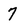
Character: 7